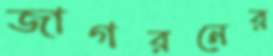
জাগরনের